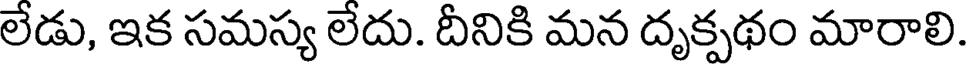
లేడు, ఇక సమస్య లేదు. దీనికి మన దృక్పథం మారాలి.